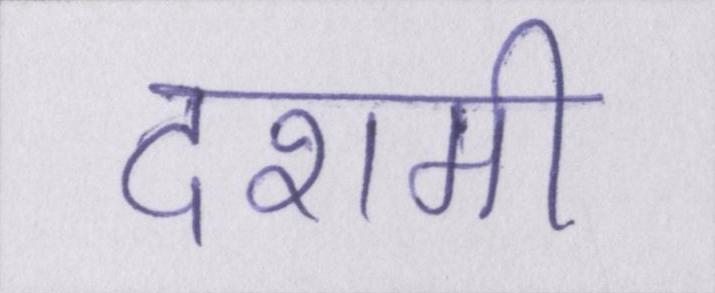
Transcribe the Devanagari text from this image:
दशमी